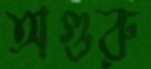
অগুরু